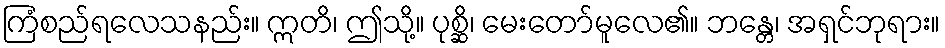
ကြံစည်ရလေသနည်း။ ဣတိ၊ ဤသို့။ ပုစ္ဆိ၊ မေးတော်မူလေ၏။ ဘန္တေ၊ အရှင်ဘုရား။